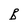
Character: B